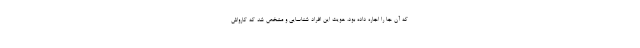
که آن جا را اجاره داده بود، هویت این افراد شناسایی و مشخص شد که کارواش